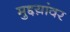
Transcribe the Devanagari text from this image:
मुद्दय़ांवर